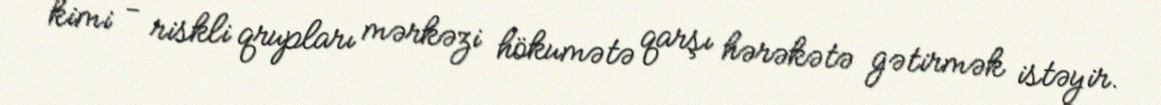
kimi - riskli qrupları mərkəzi hökumətə qarşı hərəkətə gətirmək istəyir.